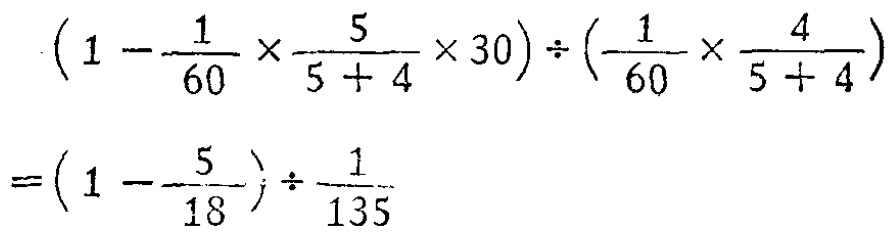
\((1 - \frac{1}{60} \times \frac{5}{5 + 4} \times 30) \div (\frac{1}{60} \times \frac{4}{5 + 4})\)
\(=(1 - \frac{5}{18}) \div \frac{1}{135}\)